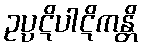
ဥပ္ပဋိပါဋိကန္တိ